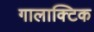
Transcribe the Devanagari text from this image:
गालाक्टिक